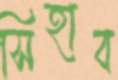
সিহাব